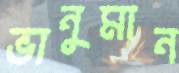
ভানুমান